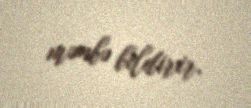
mənbə bildirir.